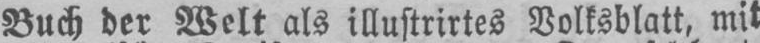
Buch der Welt als illustrirtes Volksblatt, mit